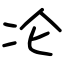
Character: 㓆